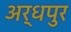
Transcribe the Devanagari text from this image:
अर्धपुर